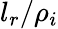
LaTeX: l_{r}/\rho_{i}